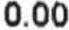
0.00